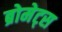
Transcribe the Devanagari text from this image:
ब्रोमेट्स